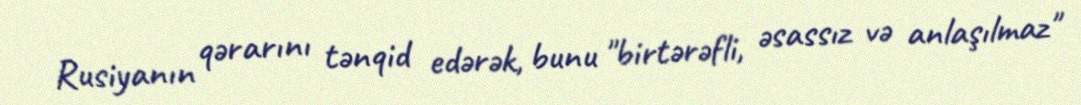
Rusiyanın qərarını tənqid edərək, bunu "birtərəfli, əsassız və anlaşılmaz"